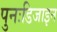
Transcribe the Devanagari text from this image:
पुनःडिजाइन